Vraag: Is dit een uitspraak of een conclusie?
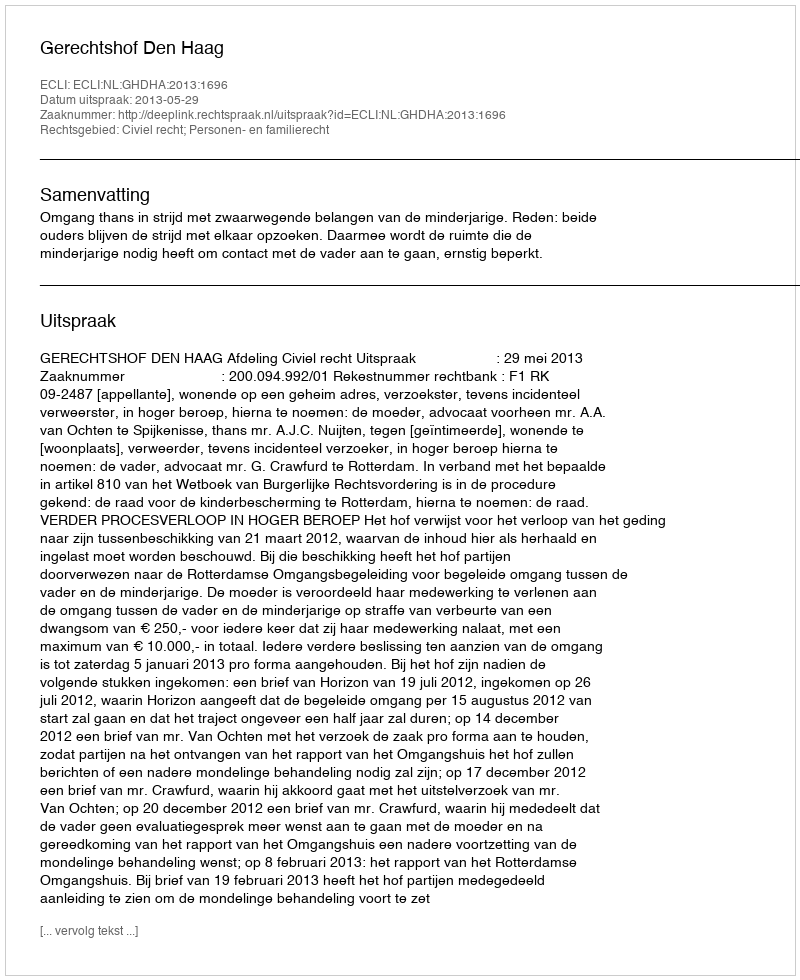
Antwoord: Uitspraak